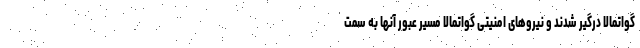
گواتمالا درگیر شدند و نیروهای امنیتی گواتمالا مسیر عبور آنها به سمت